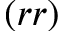
( r r )